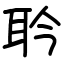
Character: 耹